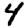
Digit: 4